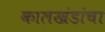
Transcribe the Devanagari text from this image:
कालखंडांचा